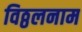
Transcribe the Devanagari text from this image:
विठ्ठलनाम